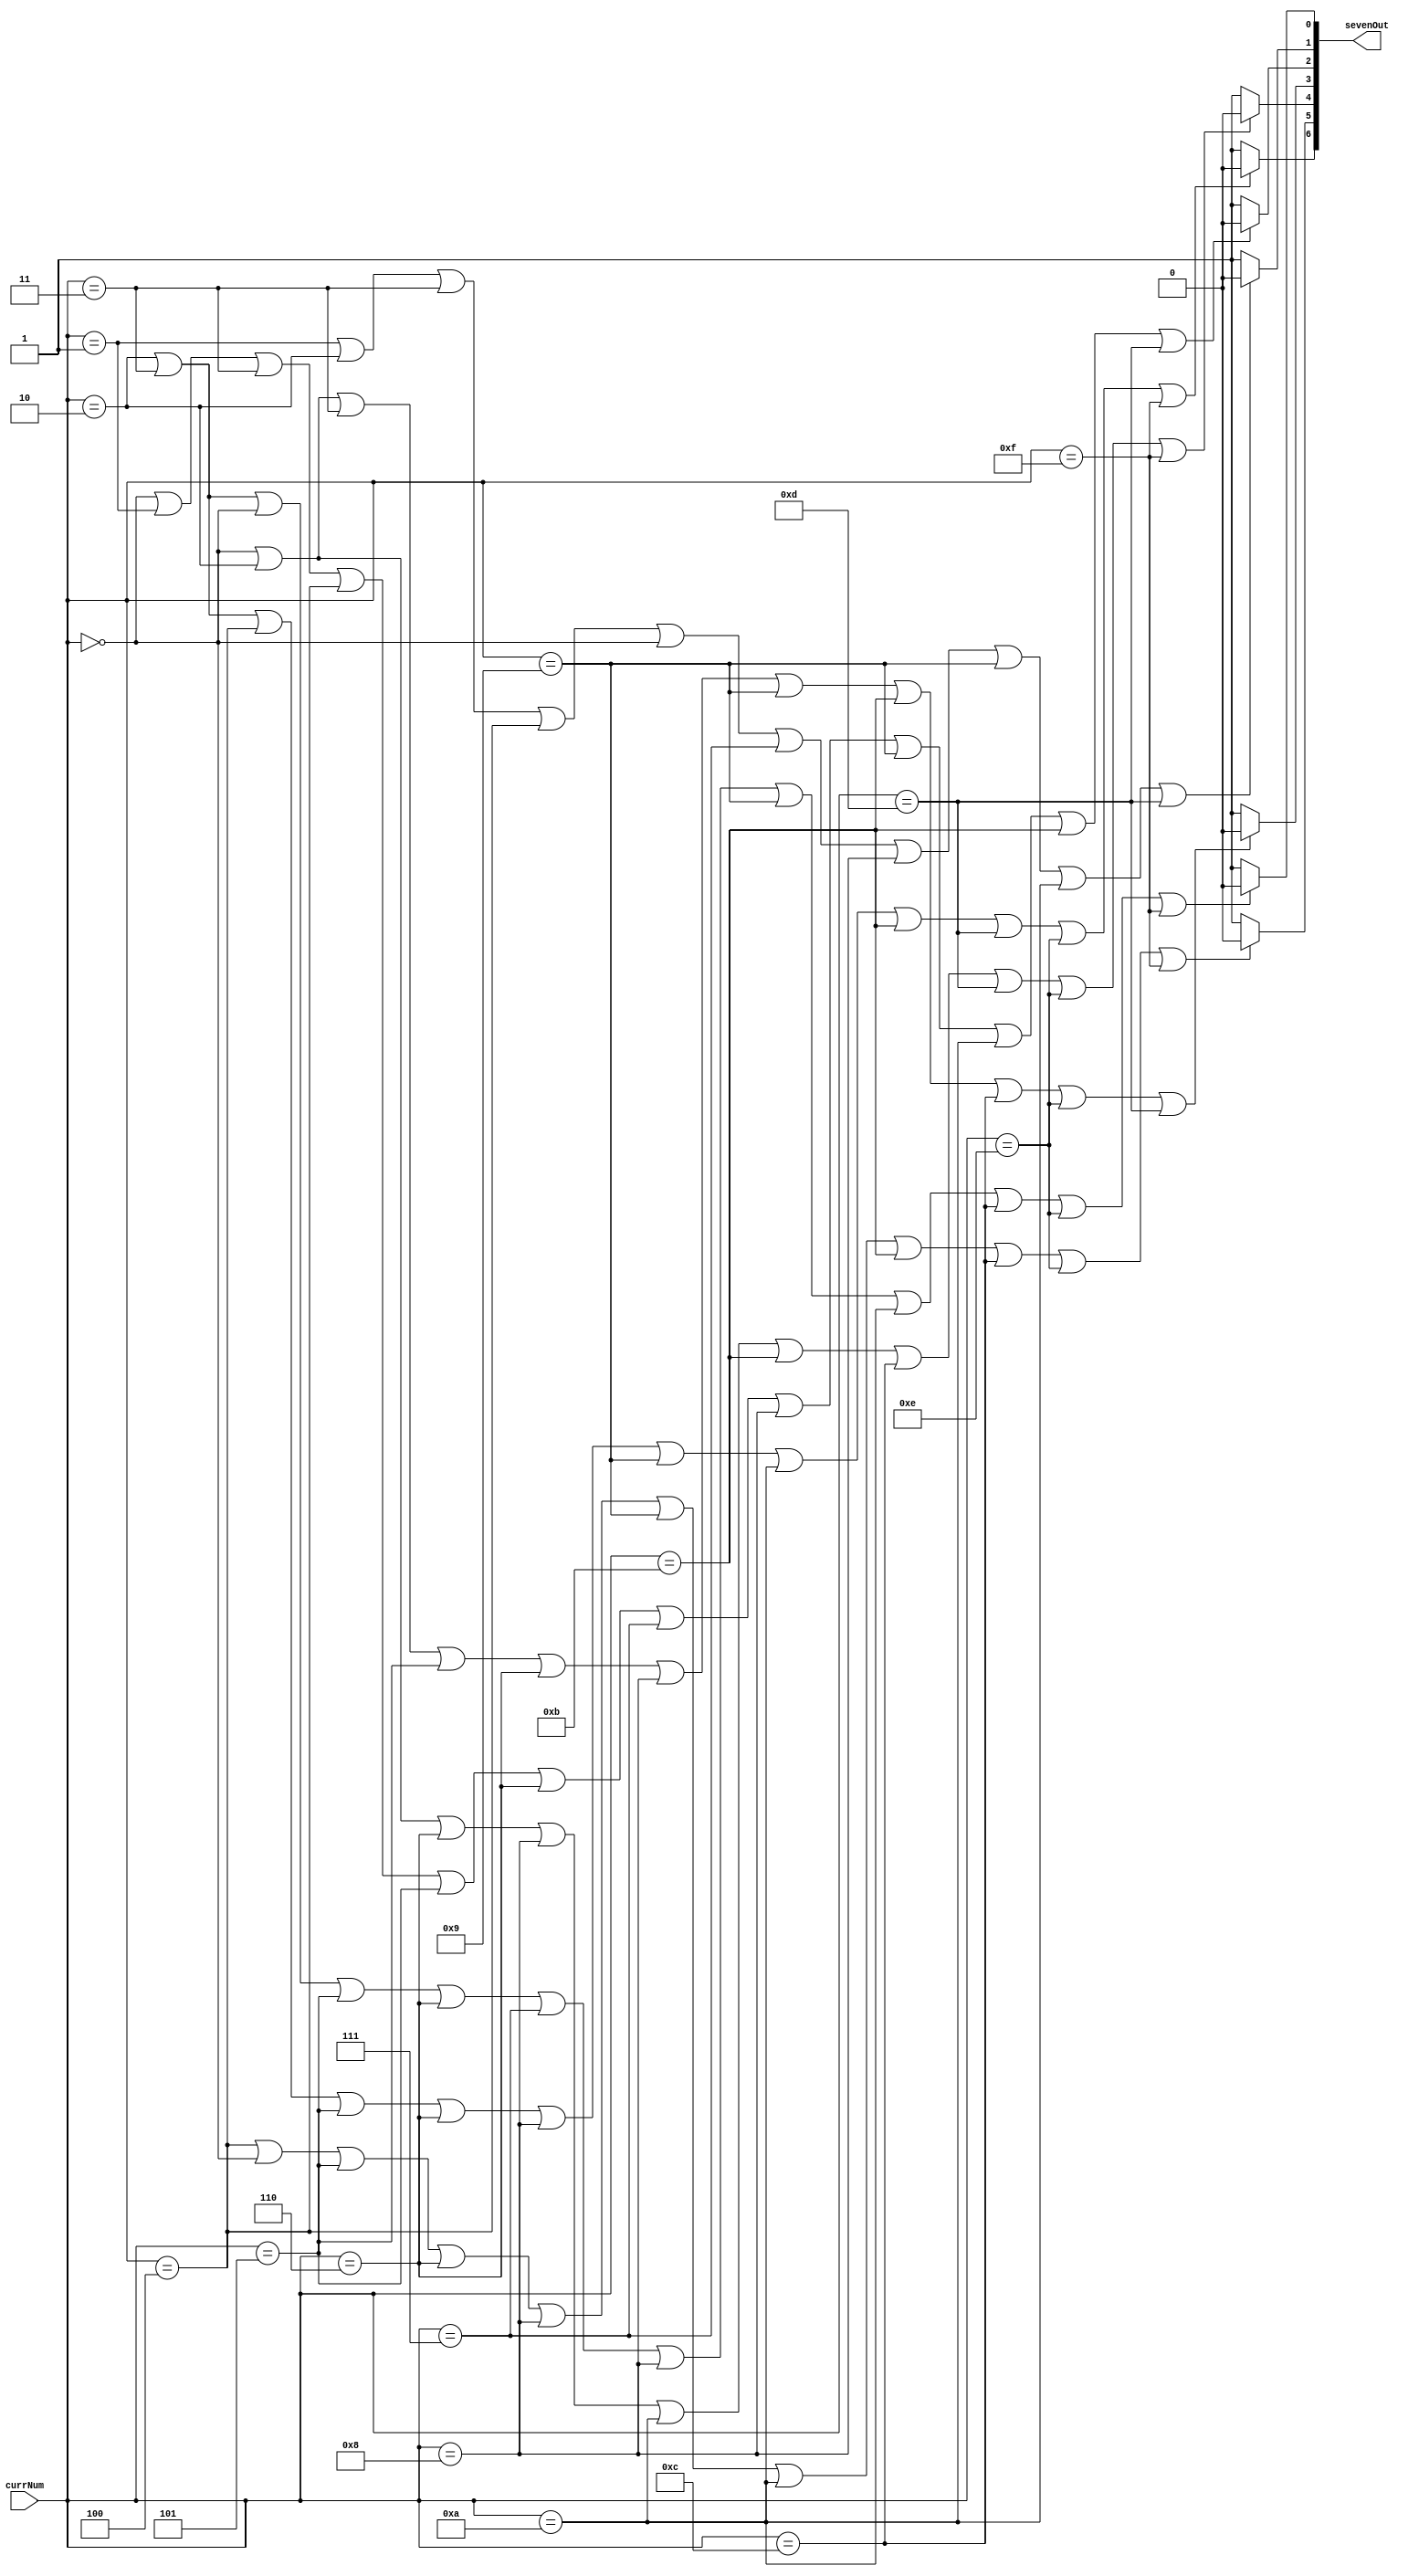
module hex_7_seg(sevenOut, currNum);
    input [3:0]currNum;
    output[6:0] sevenOut;

    assign sevenOut[0] = (currNum==4'd2 | currNum==4'd3 | currNum==4'd0 | currNum==4'd5 | currNum==4'd6 | currNum==4'd7 | currNum==4'd8
                            | currNum==4'd9 | currNum==4'd10 | currNum==4'd12 | currNum==4'd14 | currNum==4'd15) ? 1'b0 : 1'b1;
    assign sevenOut[1] = (currNum==4'd1 | currNum==4'd2 | currNum==4'd3 | currNum==4'd4 | currNum==4'd0 | currNum==4'd7 | currNum==4'd8
                            | currNum==4'd9 | currNum==4'd10 | currNum==4'd13) ? 1'b0 : 1'b1;
    assign sevenOut[2] = (currNum==4'd0 | currNum==4'd1 | currNum==4'd3 | currNum==4'd4 | currNum==4'd5 | currNum==4'd6 | currNum==4'd7 
                            | currNum==4'd8 | currNum==4'd9 | currNum==4'd10 | currNum==4'd11 | currNum==4'd13) ? 1'b0 : 1'b1;
    assign sevenOut[3] = (currNum==4'd0 | currNum==4'd2 | currNum==4'd3 | currNum==4'd5 | currNum==4'd6 | currNum==4'd8 | currNum==4'd9
                            | currNum==4'd11 | currNum==4'd12 | currNum==4'd14 | currNum==4'd13) ? 1'b0 : 1'b1;
    assign sevenOut[4] = (currNum==4'd2 | currNum==4'd0 | currNum==4'd6 | currNum==4'd8 | currNum==4'd10 | currNum==4'd11 | currNum==4'd12
                            | currNum==4'd13 | currNum==4'd14 | currNum==4'd15) ? 1'b0 : 1'b1;
    assign sevenOut[5] = (currNum==4'd4 | currNum==4'd0 | currNum==4'd5 | currNum==4'd6 | currNum==4'd8 | currNum==4'd9 | currNum==4'd10
                            | currNum==4'd11 | currNum==4'd12 | currNum==4'd14 | currNum==4'd15) ? 1'b0 : 1'b1;
    assign sevenOut[6] = (currNum==4'd2 | currNum==4'd3 | currNum==3'd4 | currNum==3'd5 | currNum==3'd6 | currNum==4'd8 | currNum==4'd9
                            | currNum==4'd10 | currNum==4'd11 | currNum==4'd13 | currNum==4'd14 | currNum==4'd15) ? 1'b0 : 1'b1;
endmodule